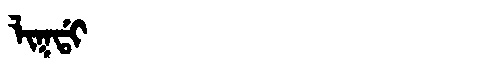
Manchu: ᠯᡳᡴᡩᡳ
Romanization: LIKDI